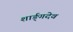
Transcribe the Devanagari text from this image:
शार्ङ्‌गदेव